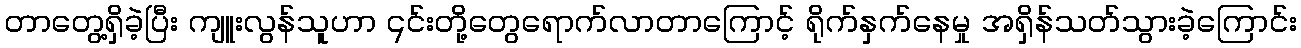
တာတွေ့ရှိခဲ့ပြီး ကျူးလွန်သူဟာ ၎င်းတို့တွေရောက်လာတာကြောင့် ရိုက်နှက်နေမှု အရှိန်သတ်သွားခဲ့ကြောင်း